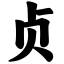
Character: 贞